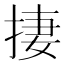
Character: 捿